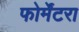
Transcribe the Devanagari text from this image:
फोर्मेंटरा